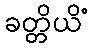
ခတ္တိယိံ